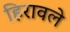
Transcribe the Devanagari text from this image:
हिरावले